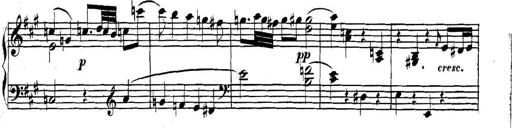
Title: Collected Piano Sonatas
Composer: Muzio Clementi